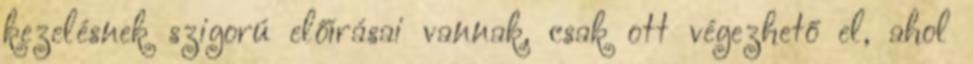
kezelésnek szigorú előírásai vannak, csak ott végezhető el, ahol